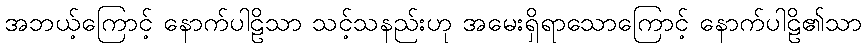
အဘယ့်ကြောင့် နောက်ပါဠိသာ သင့်သနည်းဟု အမေးရှိရာသောကြောင့် နောက်ပါဠိ၏သာ